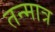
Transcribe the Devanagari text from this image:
तन्मात्र